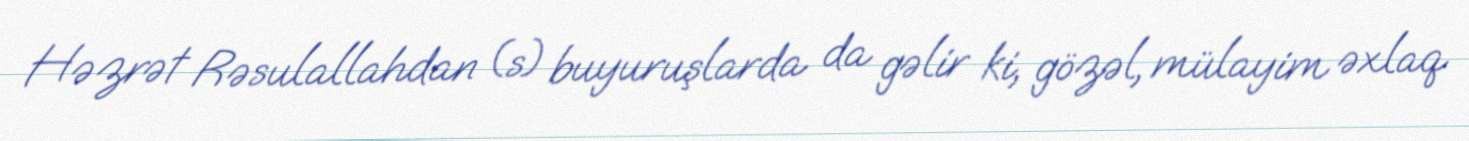
Həzrət Rəsulallahdan (s) buyuruşlarda da gəlir ki, gözəl, mülayim əxlaq